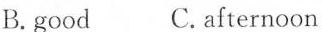
B.good C. afternoon